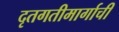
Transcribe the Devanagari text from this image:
दृतगतीमार्गाची